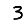
Digit: 3